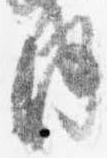
内